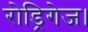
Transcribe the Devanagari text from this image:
रोड्रिगेज।